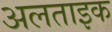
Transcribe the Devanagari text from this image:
अलताइक